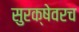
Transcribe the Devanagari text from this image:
सुरक्षेवरच